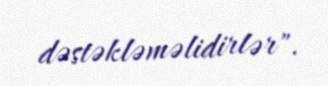
dəstəkləməlidirlər".